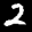
Label: 2